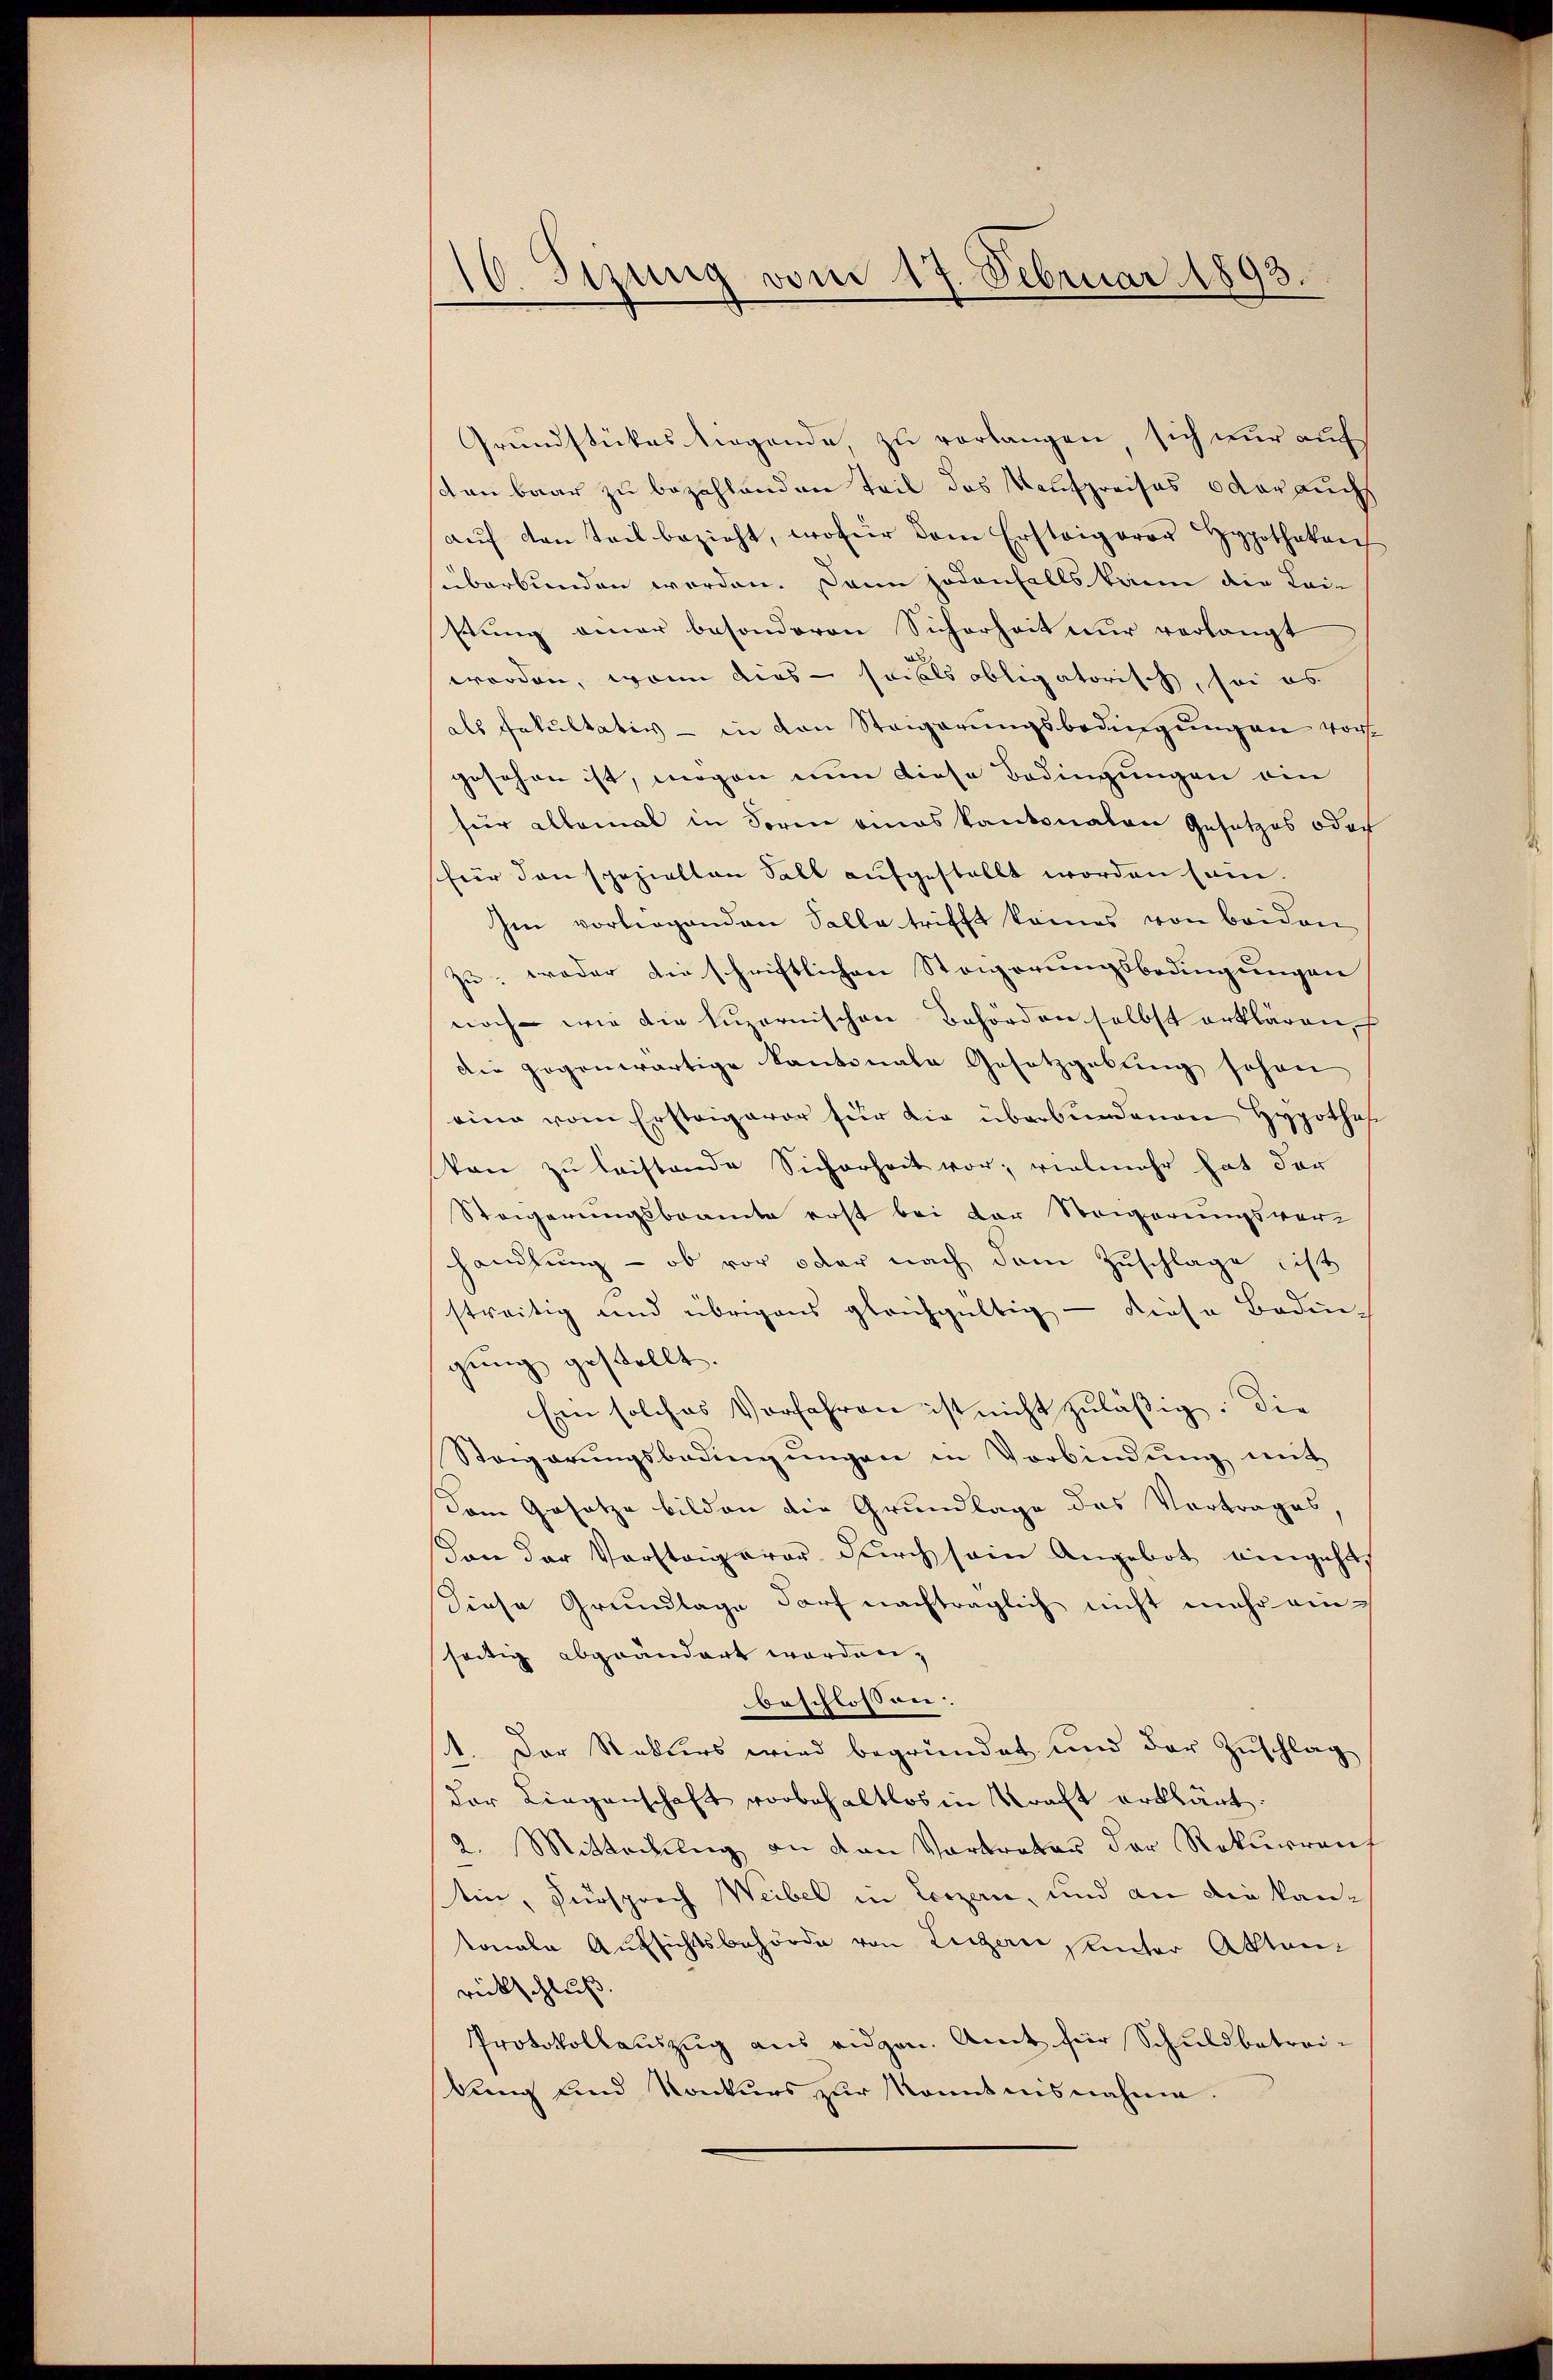
16. Sizung vom 17. Februar 1893.

Grundstückes liegende zu verlangen, sich nur auf
sten baar zu bezahlenden Teil das Kaufpreises oder auchs
aŭf den Teil bezieht, wofür dem Ersteigerer Hypotheken
süberbunden worden. Dann jedenfalls kann die Leistung einer besonderen Sicherheit nur verlangt
worden, wenn dies sei als obligatorisch, sei es
als Fakultativ — in den Steigerungsbedingungen vor
gesehen ist, mögen nun diese Bedingungen ein
für allemal in Seren eines kantonalen Gesetzes oder
für den spezielten Sall aufgestellt worden sein.
Ien vorliegenden Salle trifft keines von beiden
zu; weder die schriftlichen Steigerungsbedingungen
noch - wie die Luzernischen Behörden selbst erklären, f
die gegenwärtige Kantonale Gesetzgebung schon
eine vom Ersteigaror für die überbundenen Hypothaf
kon zu leistende Sicherheit vor; vielmehr hat der
Steigerungsbeamte erst bei der Steigerungsver-
handlung — ob vor oder nach dem Zuschlage ist
streitig und übrigens gleichgültig - diese Boden-
gung gestellt.
Ein solches Vorfahren ist nicht zulässig. Die
Steigerungsbedingungen in Vorbindung mit
Dem Gesetze bilden die Grundlage des Vortrages,
on der Vorsteigerer durch sein Angebot eingeht,
diese Grundlage darf nachträglich nicht mehr einseitig abgeändert worden,
beschlossen:
1. Der Rekurs wird begründet und der Zuschlag
der Liegenschaft vorbehaltlos in Kraft erklärt.
2. Mittackung an den Vortreter der Rekurrenz
tin, Fürsprech Weibel in Liezen, und an die kantonale Aufsichtsbehörde von Luzern, Unter Aktenrückschluß.
Protokollauszug aus eidgen. Amt für Schuldbetreibung und Konkurs zŭr Kenntnisnahme.